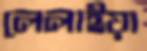
লেলাইয়া